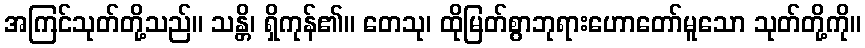
အကြင်သုတ်တို့သည်။ သန္တိ၊ ရှိကုန်၏။ တေသု၊ ထိုမြတ်စွာဘုရားဟောတော်မူသော သုတ်တို့ကို။